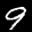
Label: 9